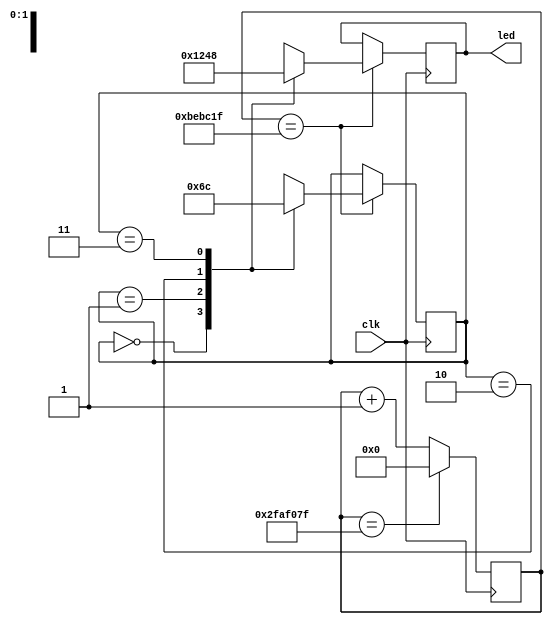
module alteratest(
	input clk,
	output reg[3:0] led
	);
	
	reg [31:0]count;
	always @(posedge clk) begin
		if(count==32'd49999999)
			count <= 32'b0;
		else
			count <= count + 32'b1;
	end
	
	reg [1:0] light;
	always @(posedge clk) begin
		if(count==12499999) begin
			case(light)
				2'b00: begin
					led <= 4'b0001;
					light <= 2'b01;
					end
				2'b01: begin 
					led <= 4'b0010;
					light <= 2'b10;
					end
				2'b10: begin 
					led <= 4'b0100;
					light <= 2'b11;
					end
				2'b11: begin	
					led <= 4'b1000;
					light <= 2'b00;
					end
			endcase
		end
	end
endmodule